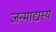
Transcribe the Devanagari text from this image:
जन्माद्यस्य